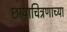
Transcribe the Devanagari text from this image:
छायाचित्रणाच्या